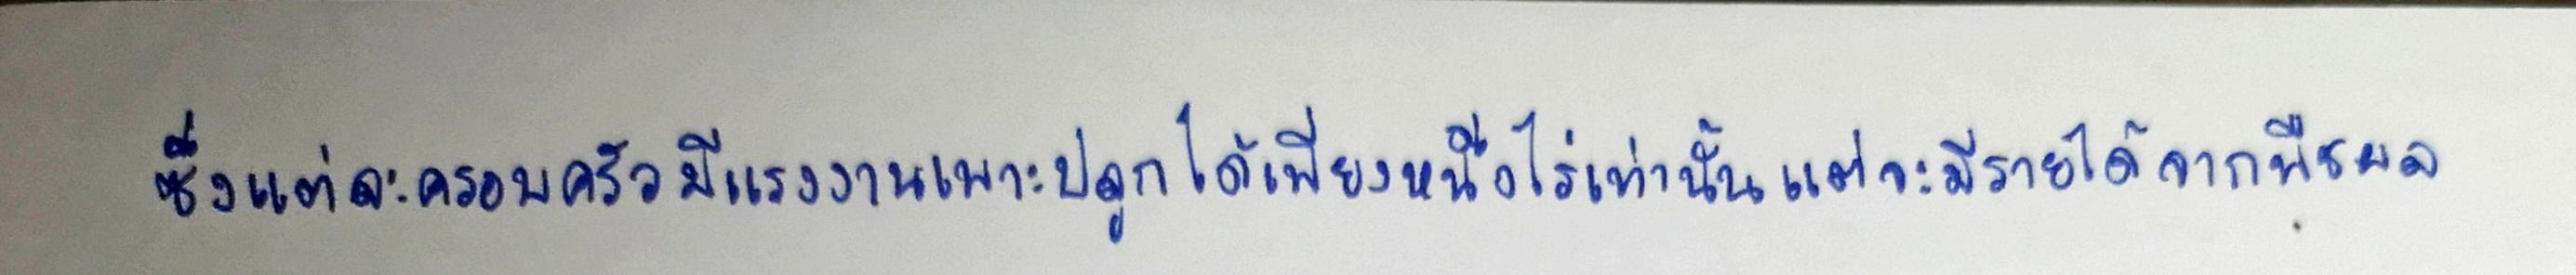
ซึ่งแต่ละครอบครัวมีแรงงานเพาะปลูกได้เพียงหนึ่งไร่เท่านั้นแต่จะมีรายได้จากพืชผล